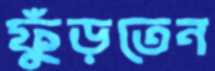
ফুঁড়তেন